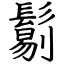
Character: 𩮜